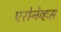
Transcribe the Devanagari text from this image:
एरोनेव्हस